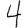
Digit: 4